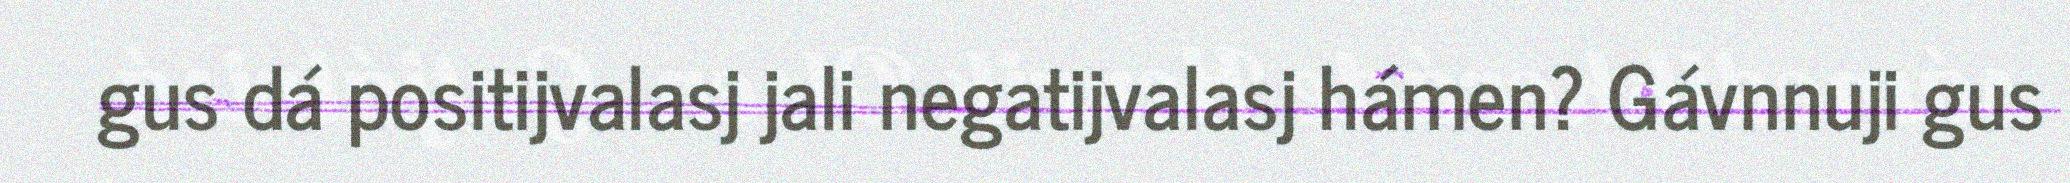
gus dá positijvalasj jali negatijvalasj hámen? Gávnnuji gus